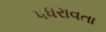
પધરાવતા